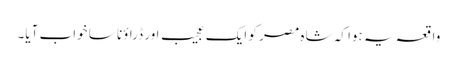
واقعہ یہ ہوا کہ شاہ مصر کو ایک عجیب اور ڈراؤنا سا خواب آیا۔